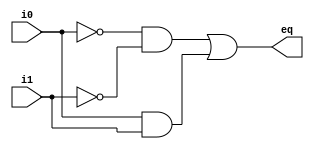
// Listing 1.1
module eq1
   // I/O ports
   (
    input wire i0, i1,
    output wire eq
   );

   // signal declaration
   wire p0, p1;

   // body
   // sum of two product terms
   assign eq = p0 | p1;
   // product terms
   assign p0 = ~i0 & ~i1;
   assign p1 = i0 & i1;

endmodule